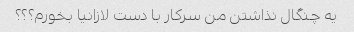
یه چنگال نذاشتن من سرکار با دست لازانیا بخورم؟؟؟